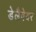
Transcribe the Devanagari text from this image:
डेलैवेयर